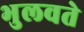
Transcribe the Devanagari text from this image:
भुलवते